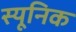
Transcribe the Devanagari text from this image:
स्यूनिक